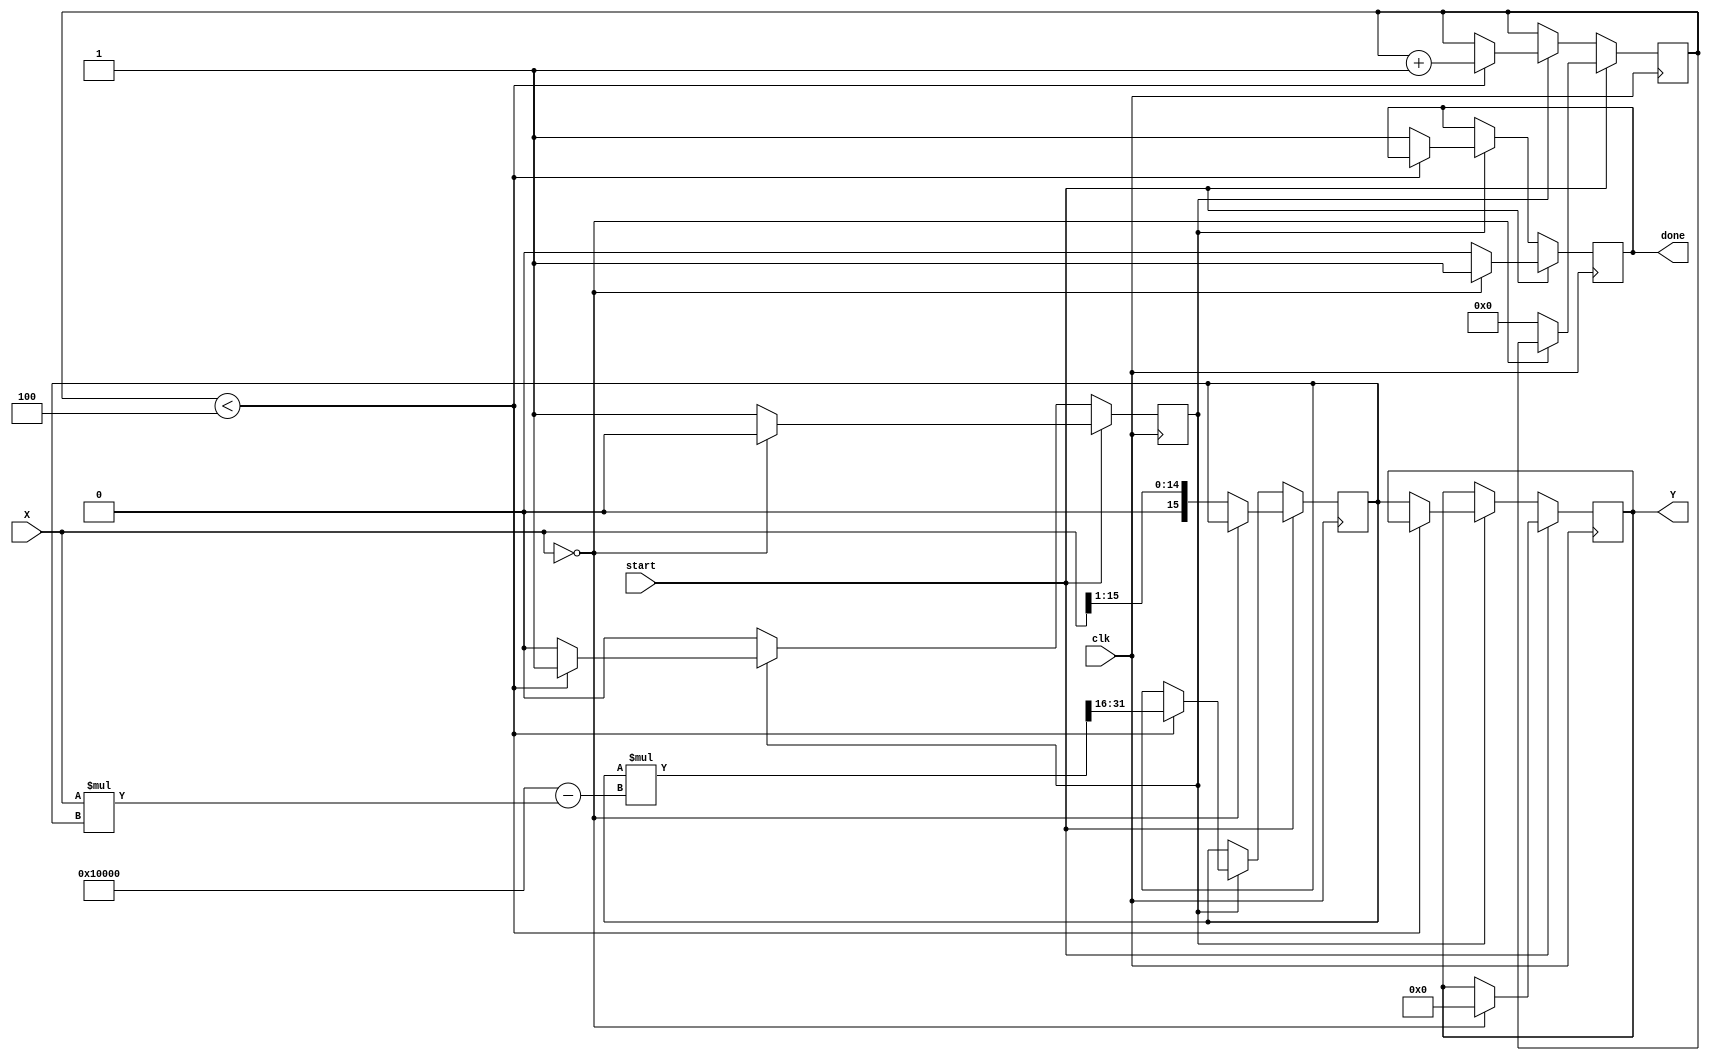
module BitwiseReciprocal #(
    parameter BIT_WIDTH = 16,     // Specify the input/output bit width
    parameter ITERATIONS = 4       // Number of iterations for refinement
)(
    input  wire [BIT_WIDTH-1:0] X, // Input value
    input  wire clk,                 // Clock signal
    input  wire start,               // Start signal for computation
    output reg [BIT_WIDTH-1:0] Y,    // Output reciprocal value
    output reg done                  // Done signal
);

    reg [BIT_WIDTH-1:0] estimate;    // Current estimate of the reciprocal
    reg [3:0] iteration_count;        // Count of iterations
    reg active;                       // Indicates if the block is active

    // Handle special case for X = 0
    always @(posedge clk) begin
        if (start) begin
            if (X == 0) begin
                Y <= {BIT_WIDTH{1'b0}}; // Undefined reciprocal, return 0
                done <= 1'b1;
                active <= 1'b0;
            end else begin
                // Initialize the estimate (simple approximation)
                estimate <= {1'b0, X[BIT_WIDTH-1:1]}; // Initial estimate: 2^(n-1)/X
                iteration_count <= 0;
                done <= 1'b0;
                active <= 1'b1;
            end
        end else if (active) begin
            if (iteration_count < ITERATIONS) begin
                // Update the estimate using Newton-Raphson style.
                estimate <= estimate * (2**BIT_WIDTH - X * estimate) >> BIT_WIDTH;
                iteration_count <= iteration_count + 1;
            end else begin
                Y <= estimate; // Final estimate as output
                done <= 1'b1;
                active <= 1'b0;
            end
        end
    end

endmodule